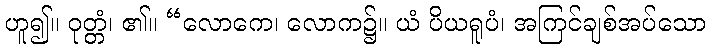
ဟူ၍။ ဝုတ္တံ၊ ၏။ “လောကေ၊ လောက၌။ ယံ ပိယရူပံ၊ အကြင်ချစ်အပ်သော